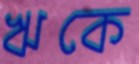
ঋকে